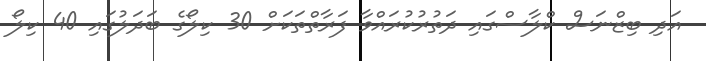
އަދި ބިޒްނަސް ކްލާސްގައި ދަތުރުކުރައްވާ ފަރާތްތަކަށް 30 ކިލޯގެ ބަދަލުގައި 40 ކިލޯ